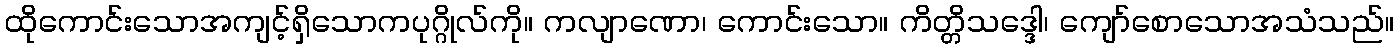
ထိုကောင်းသောအကျင့်ရှိသောကပုဂ္ဂိုလ်ကို။ ကလျာဏော၊ ကောင်းသော။ ကိတ္တိသဒ္ဒေါ၊ ကျော်စောသောအသံသည်။